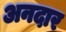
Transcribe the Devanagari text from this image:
अनदार